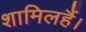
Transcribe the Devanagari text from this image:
शामिलहैं।